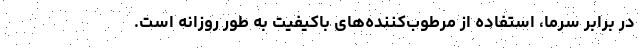
در برابر سرما، استفاده از مرطوب‌کننده‌های باکیفیت به‌ طور روزانه است.